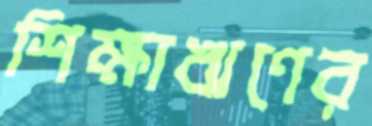
শিক্ষাঋণের